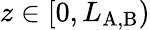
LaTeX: z\in[0,L_{\mathrm{A,B}})